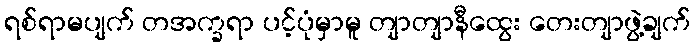
ရစ်ရာမပျက် တအက္ခရာ ပင့်ပုံမှာမူ တျာတျာနီထွေး တေးတျာဖွဲ့ချက်